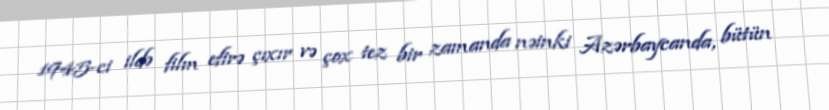
1945-ci ildə film efirə çıxır və çox tez bir zamanda nəinki Azərbaycanda, bütün